65_HS1-834228961_62-HQ-83894_Section_9
Agency: FBI
Page 206
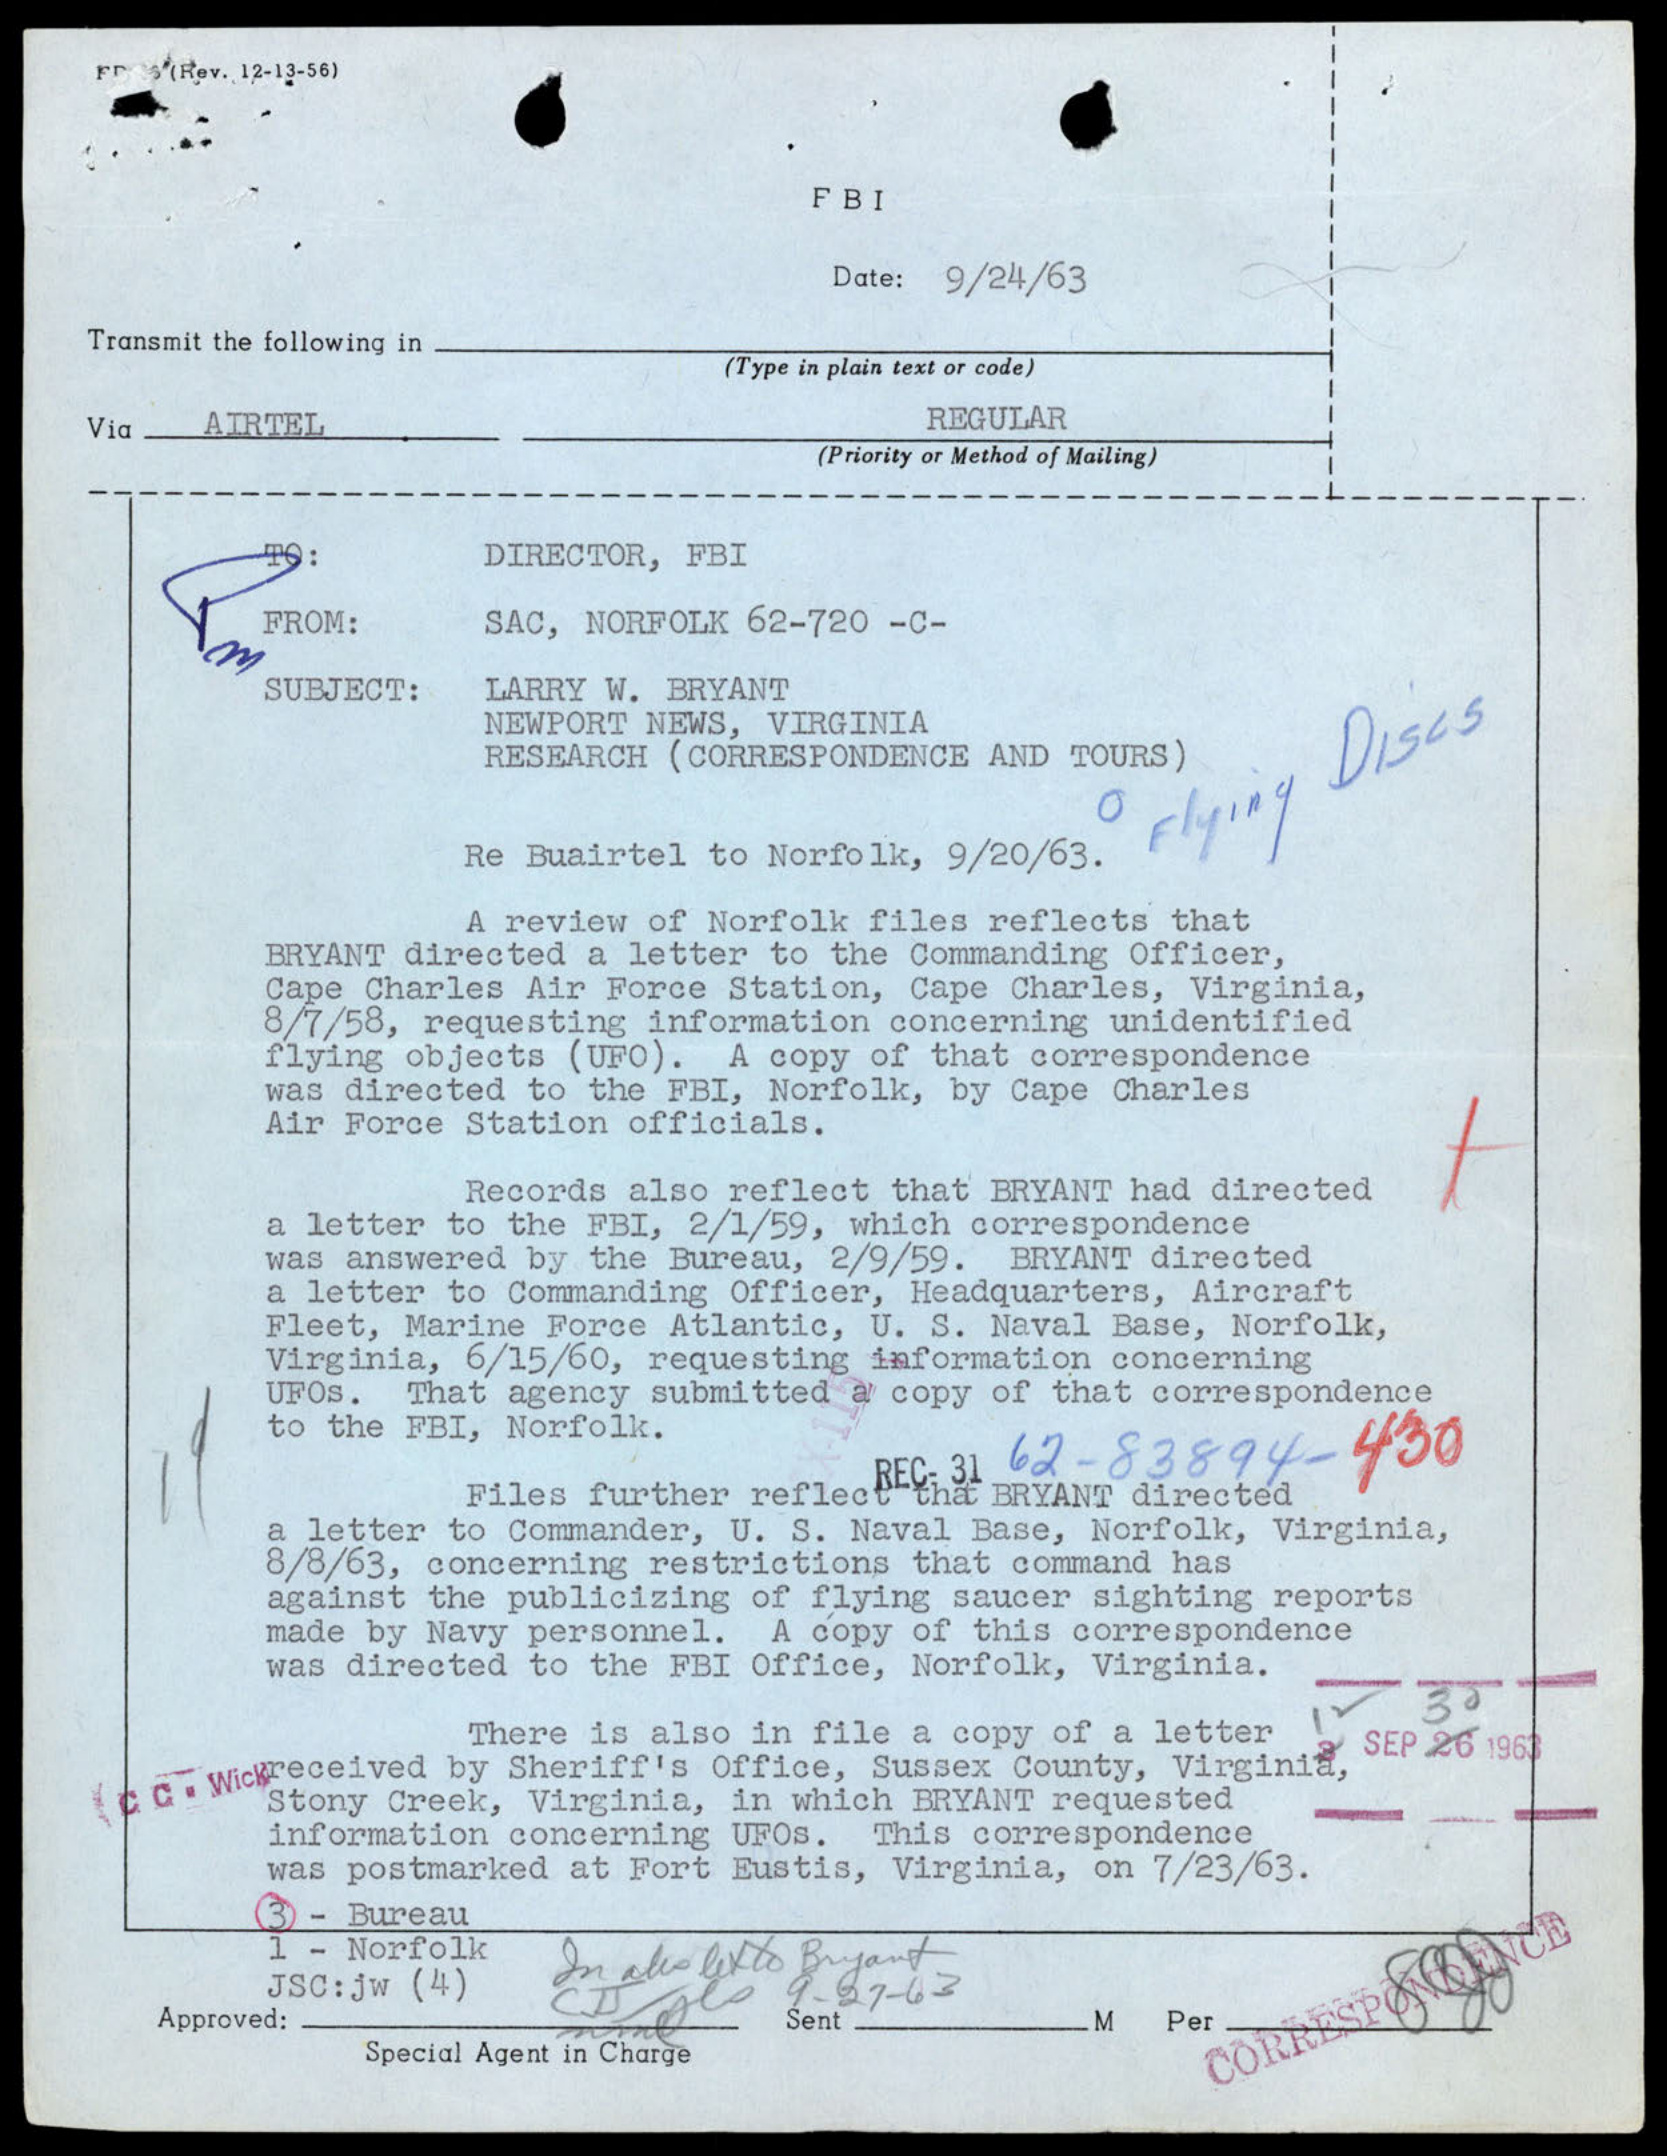